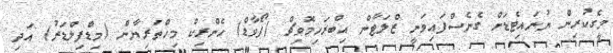
މީގެކުރިން ޔުނައިޓެޑަށް ގެނެސްފައިވަނީ ޒްލަޓާން އިބްރަހިމޮވިޗް (ފޯވާޑް) ހެންރިކް މިހްތަރިޔާން (މިޑްފިލްޑަރު) އަދި